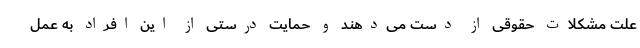
علت مشکلات حقوقی از دست می‌دهند و حمایت درستی از این افراد به عمل